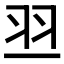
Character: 𰭝